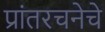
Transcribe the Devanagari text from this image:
प्रांतरचनेचे